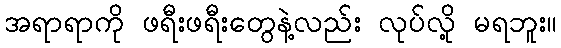
အရာရာကို ဖရီးဖရီးတွေနဲ့လည်း လုပ်လို့ မရဘူး။